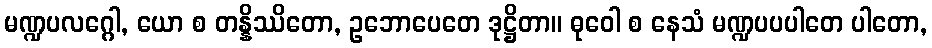
မဏ္ဍပလဂ္ဂေါ, ယော စ တန္နိဿိတော, ဥဘောပေတေ ဒုဋ္ဌိတာ။ ဓုဝေါ စ နေသံ မဏ္ဍပပပါတေ ပါတော,